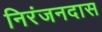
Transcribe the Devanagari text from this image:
निरंजनदास